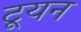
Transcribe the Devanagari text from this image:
टूयन